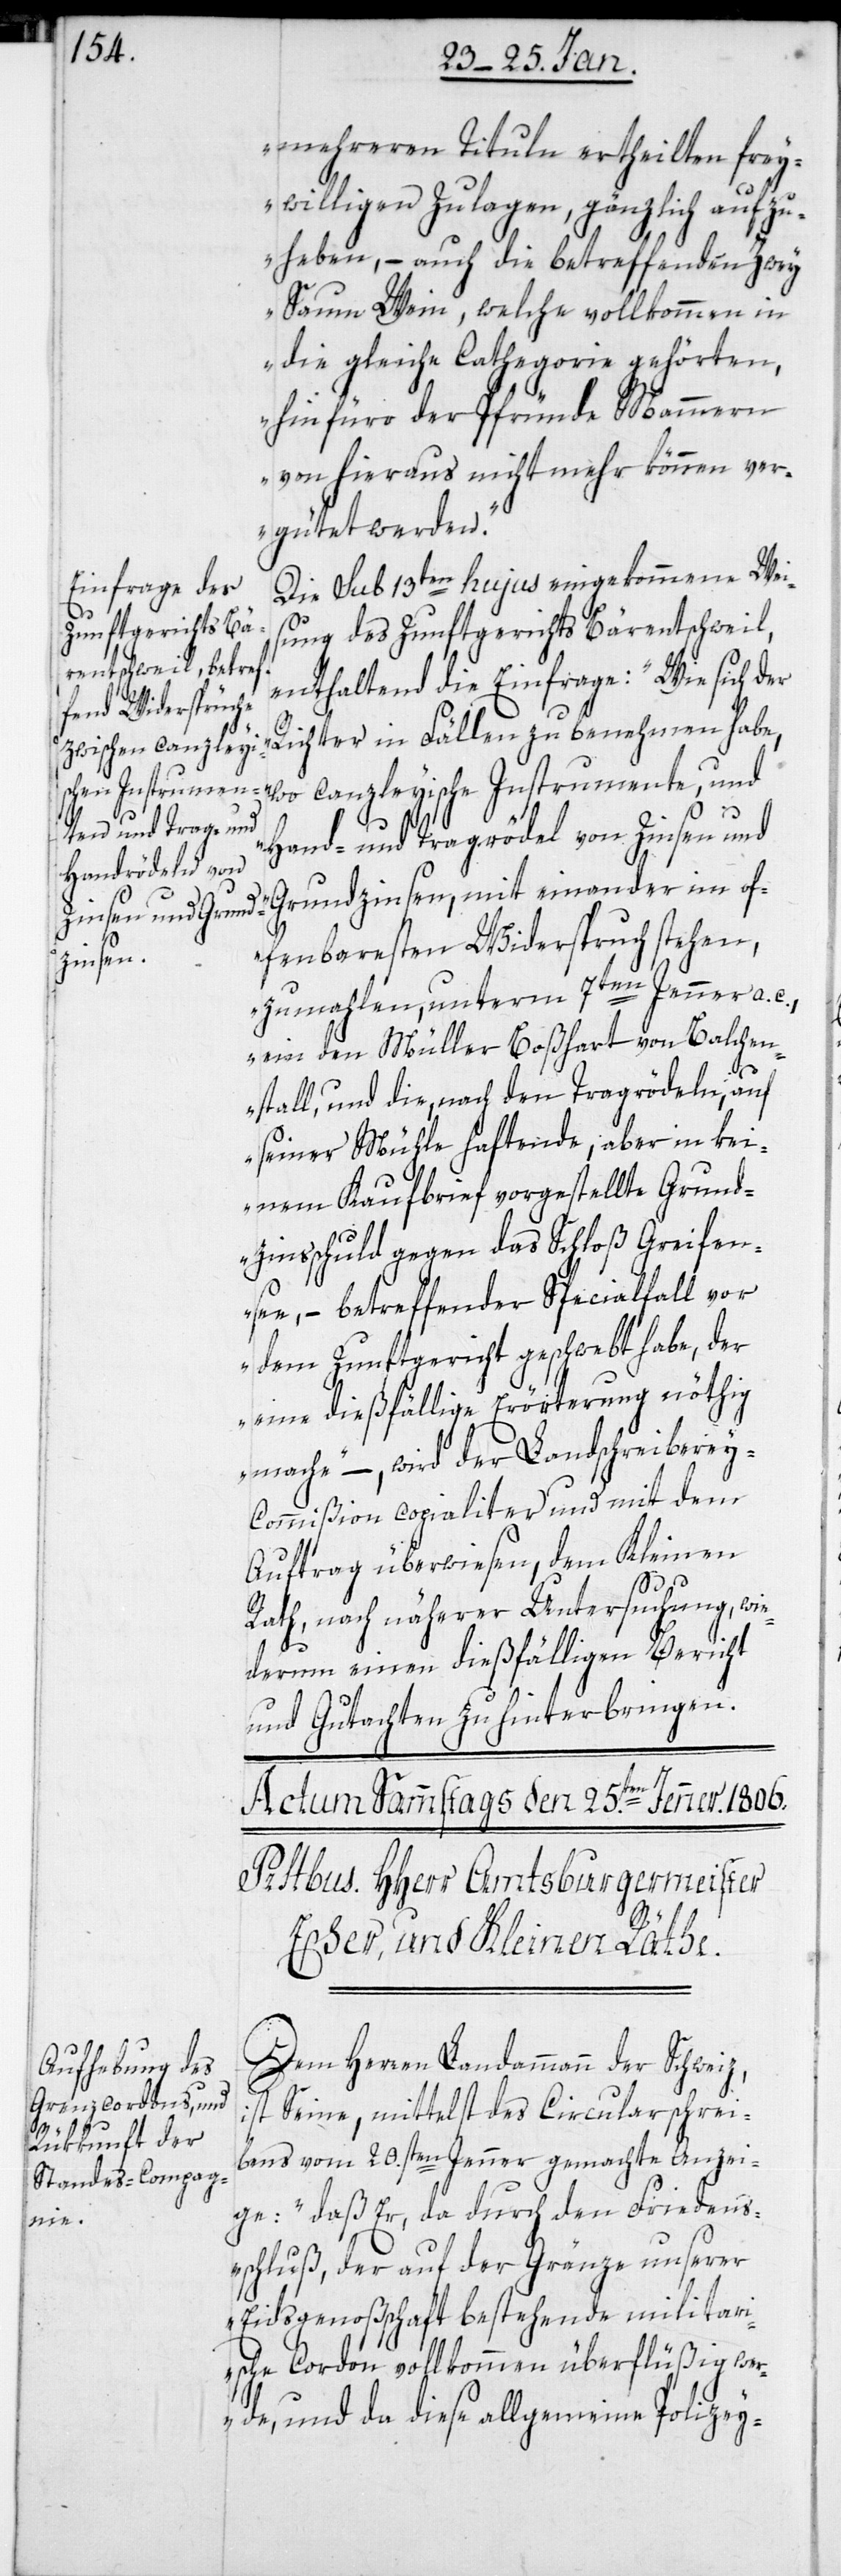
mehreren Tituln ertheilten frey¬
willigen Zulagen, gänzlich aufzu¬
heben, – auch die betreffenden zwey
Saum Wein, welche vollkommen in
die gleiche Cathegorie gehörten,
hinfüro der Pfründe Mammern
von hieraus nicht mehr können ver¬
gütet werden.“
Die sub 13ten hujus eingekommene Wei¬
sung des Zunftgerichts Bärentschweil,
enthaltend die Einfrage: „Wie sich der
Richter in Fällen zu benehmen habe,
wo canzleyische Instrumente, und
Hand- und Tragrödel von Zinsen und
Grundzinsen, mit einander im of¬
fenbaresten Widerspruch stehen,
zumahlen unterm 7ten Jenner a. c.,
ein den Müller Boßhart von Balchen¬
stall, und die, nach den Tragrödeln auf
seiner Mühle haftende, aber in kei¬
nem Kaufbrief vorgestellte Grund¬
zinsschuld gegen das Schloß Greifen¬
see, – betreffender Specialfall vor
dem Zunftgericht geschwebt habe, der
eine dießfällige Erörterung nöthig
mache,“ – wird der Landschreibere¬
y-Commißion copialiter und mit dem
Auftrag überwiesen, dem Kleinen
Rath, nach näherer Untersuchung, wie¬
derum einen dießfälligen Bericht
und Gutachten zu hinterbringen.
Dem Herren Landammann der Schweiz,
ist Seine, mittelst des Circularschreib¬
ens vom 20.sten Jenner gemachte Anzei¬
ge: „daß Er, da durch den Friedens¬
chluß, der auf der Gränze unserer
Eidsgenoßenschaft bestehende militari¬
sche Cordon vollkommen überflüßig we¬
rde, und da diese allgemeine Polizey-